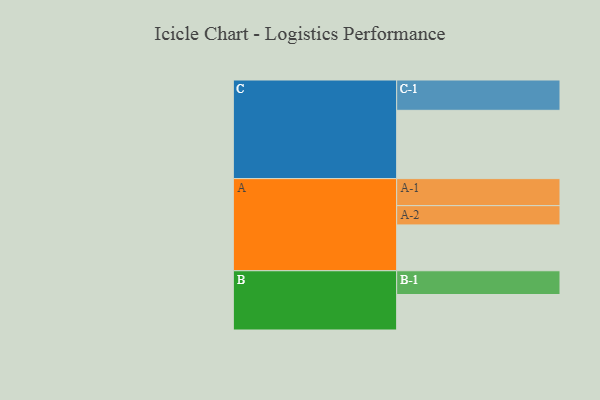
{"axis": {"x": "Segment", "y": "Value"}, "legend": ["", "A", "B", "C"], "data": [{"x": "A", "y": 390, "type": ""}, {"x": "B", "y": 302, "type": ""}, {"x": "C", "y": 581, "type": ""}, {"x": "A-1", "y": 230, "type": "A"}, {"x": "A-2", "y": 164, "type": "A"}, {"x": "B-1", "y": 202, "type": "B"}, {"x": "C-1", "y": 258, "type": "C"}]}